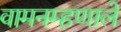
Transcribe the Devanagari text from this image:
वामनम्हणाले